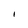
Character: I